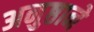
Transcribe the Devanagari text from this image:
अनुष्ठाने